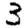
Digit: 3